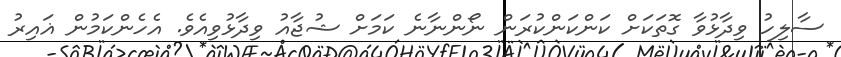
ސާލިހު ވިދާޅުވާ ގޮތަކަށް ކަންކަންކުރަން ނޯންނާނެ ކަމަށް ޝުޖާއު ވިދާޅުވިއެވެ. އެހެންކަމުން ޣައިރު